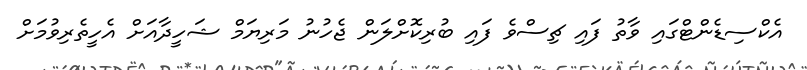
އެކްސިޑެންޓްގައި ވާތު ފައި ޗިސްވެ ފައި ބުރިކޮށްލަން ޖެހުނު މަރިޔަމް ޝަހީދާއަށް އެހީތެރިވުމަށް